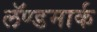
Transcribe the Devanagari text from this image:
लॅण्डमार्क